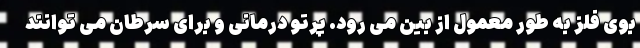
بوی فلز به طور معمول از بین می رود. پرتو درمانی و برای سرطان می توانند